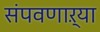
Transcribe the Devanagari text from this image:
संपवणाऱ्या